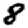
Digit: 8